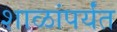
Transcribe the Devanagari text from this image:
शाळांपर्यंत